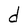
Character: d